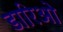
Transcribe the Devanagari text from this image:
डारिओ